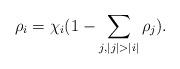
LaTeX: \begin{align*}\rho_i = \chi_i (1-\sum_{j, |j|>|i|}\rho_j).\end{align*}